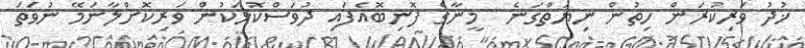
ޚުދު ވަރިކުރަން ހިތުން ނިޔަތްގަނެ  މީނާގެ ފޮނިބޮއެފައި ދުވަސްކޮޅަކުން ވަރިކޮށްލާނަމޭ ނުވަތަ